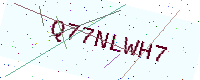
Text: Q77NLWH7